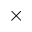
\times